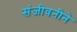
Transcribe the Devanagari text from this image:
संजीवनीने